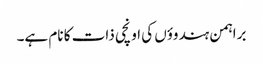
براہمن ہندوؤں کی اونچی ذات کا نام ہے۔